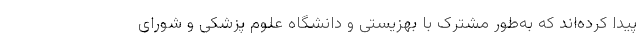
پیدا کرده‌اند که به‌طور مشترک با بهزیستی و دانشگاه علوم پزشکی و شورای